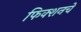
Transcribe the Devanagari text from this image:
फिक्शनचे